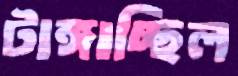
টাঙ্গাচ্ছিল